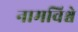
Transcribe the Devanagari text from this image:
नामविश्वे